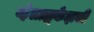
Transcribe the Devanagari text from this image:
व्हेलाझ्केझची